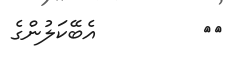
٥٠         އެބޭކަލުންގެ